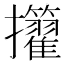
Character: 𢺜